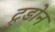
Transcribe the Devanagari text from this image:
ट्रुडोन